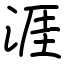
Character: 涯